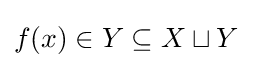
f(x)\in Y\subseteq X\sqcup Y